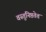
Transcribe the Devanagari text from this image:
वस्तुनिष्ठतेत